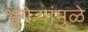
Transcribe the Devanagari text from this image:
भुंगेर्‍यांमुळे